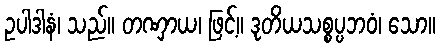
ဥပါဒါနံ၊ သည်။ တဏှာယ၊ ဖြင့်။ ဒုတိယသစ္စပ္ပဘဝံ၊ သော။